Indian Medical Review
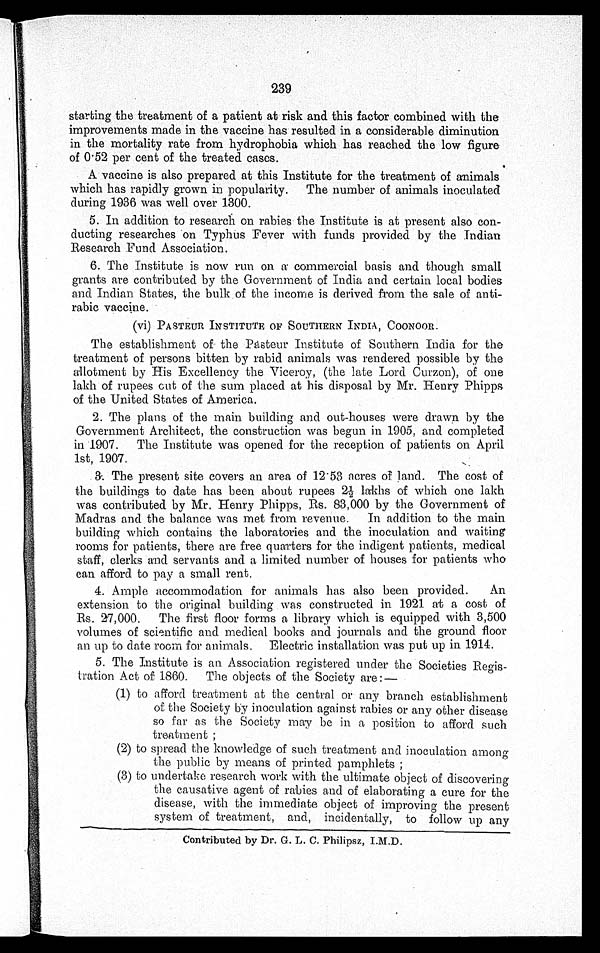
239
starting the treatment of a patient at risk and this factor combined with the
improvements made in the vaccine has resulted in a considerable diminution
in the mortality rate from hydrophobia which has reached the low figure
of 0.52 per cent of the treated cases.
A vaccine is also prepared at this Institute for the treatment of animals
which has rapidly grown in popularity. The number of animals inoculated
during 1936 was well over 1300.
5. In addition to research on rabies the Institute is at present also con-
ducting researches on Typhus Fever with funds provided by the Indian
Research Fund Association.
6. The Institute is now run on a commercial basis and though small
grants are contributed by the Government of India and certain local bodies
and Indian States, the bulk of the income is derived from the sale of anti-
rabic vaccine.
(vi) PASTEUR INSTITUTE OF SOUTHERN INDIA, COONOOR.
The establishment of the Pasteur institute of Southern India for the
treatment of persons bitten by rabid animals was rendered possible by the
allotment by His Excellency the Viceroy, (the late Lord Curzon), of one
lakh of rupees out of the sum placed at his disposal by Mr. Henry Phipps
of the United States of America.
2. The plans of the main building and out-houses were drawn by the
Government Architect, the construction was begun in 1905, and completed
in 1907. The Institute was opened for the reception of patients on April
1st, 1907.
3. The present site covers an area of 12.53 acres of land. The cost of
the buildings to date has been about rupees 2½ lakhs of which one lakh
was contributed by Mr. Henry Phipps, Rs. 83,000 by the Government of
Madras and the balance was met from revenue. In addition to the main
building which contains the laboratories and the inoculation and waiting
rooms for patients, there are free quarters for the indigent patients, medical
staff, clerks and servants and a limited number of houses for patients who
can afford to pay a small rent.
4. Ample accommodation for animals has also been provided. An
extension to the original building was constructed in 1921 at a cost of
Rs. 27,000. The first floor forms a library which is equipped with 3,500
volumes of scientific and medical books and journals and the ground floor
an up to date room for animals. Electric installation was put up in 1914.
5. The Institute is an Association registered under the Societies Regis-
tration Act of 1860. The objects of the Society are :—
(1) to afford treatment at the central or any branch establishment
of the Society by inoculation against rabies or any other disease
so far as the Society may be in a position to afford such
treatment ;
(2) to spread the knowledge of such treatment and inoculation among
the public by means of printed pamphlets ;
(3) to undertake research work with the ultimate object of discovering
the causative agent of rabies and of elaborating a cure for the
disease, with the immediate object of improving the present
system of treatment, and, incidentally, to follow up any
Contributed by Dr. G. L. C. Philipsz, I.M.D.